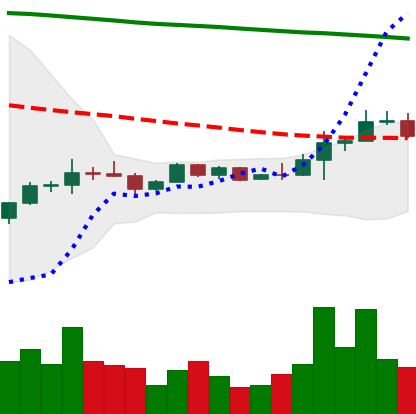
Ticker: EOS-USD
Chart end date: 2022-12-11
Forward return: -12.981%
Label: down_7plus